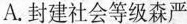
A.封建社会等级森严